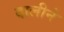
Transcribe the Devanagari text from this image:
दालीने